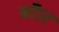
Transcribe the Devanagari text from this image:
माँडर